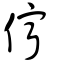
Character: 儜